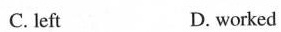
C. left D. worked